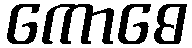
ကောဓေ